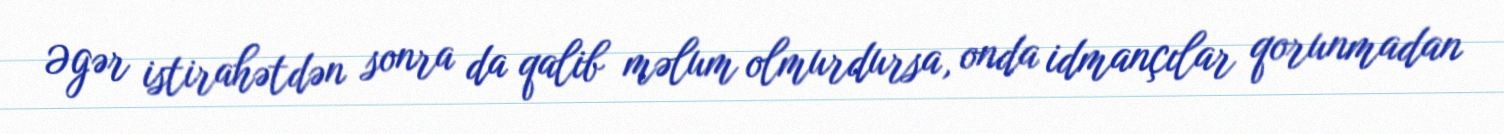
Əgər istirahətdən sonra da qalib məlum olmurdursa, onda idmançılar qorunmadan